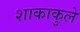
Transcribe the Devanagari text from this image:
शाकाकुले